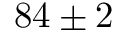
8 4 \pm 2